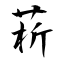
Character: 菥